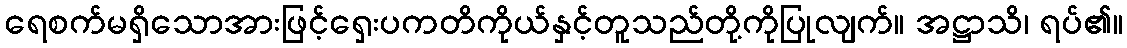
ရေစက်မရှိသောအားဖြင့်ရှေးပကတိကိုယ်နှင့်တူသည်တို့ကိုပြုလျက်။ အဋ္ဌာသိ၊ ရပ်၏။